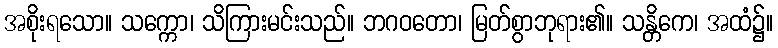
အစိုးရသော။ သက္ကော၊ သိကြားမင်းသည်။ ဘဂဝတော၊ မြတ်စွာဘုရား၏။ သန္တိကေ၊ အထံ၌။